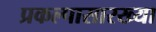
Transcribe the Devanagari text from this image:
प्रकल्पासारख्या